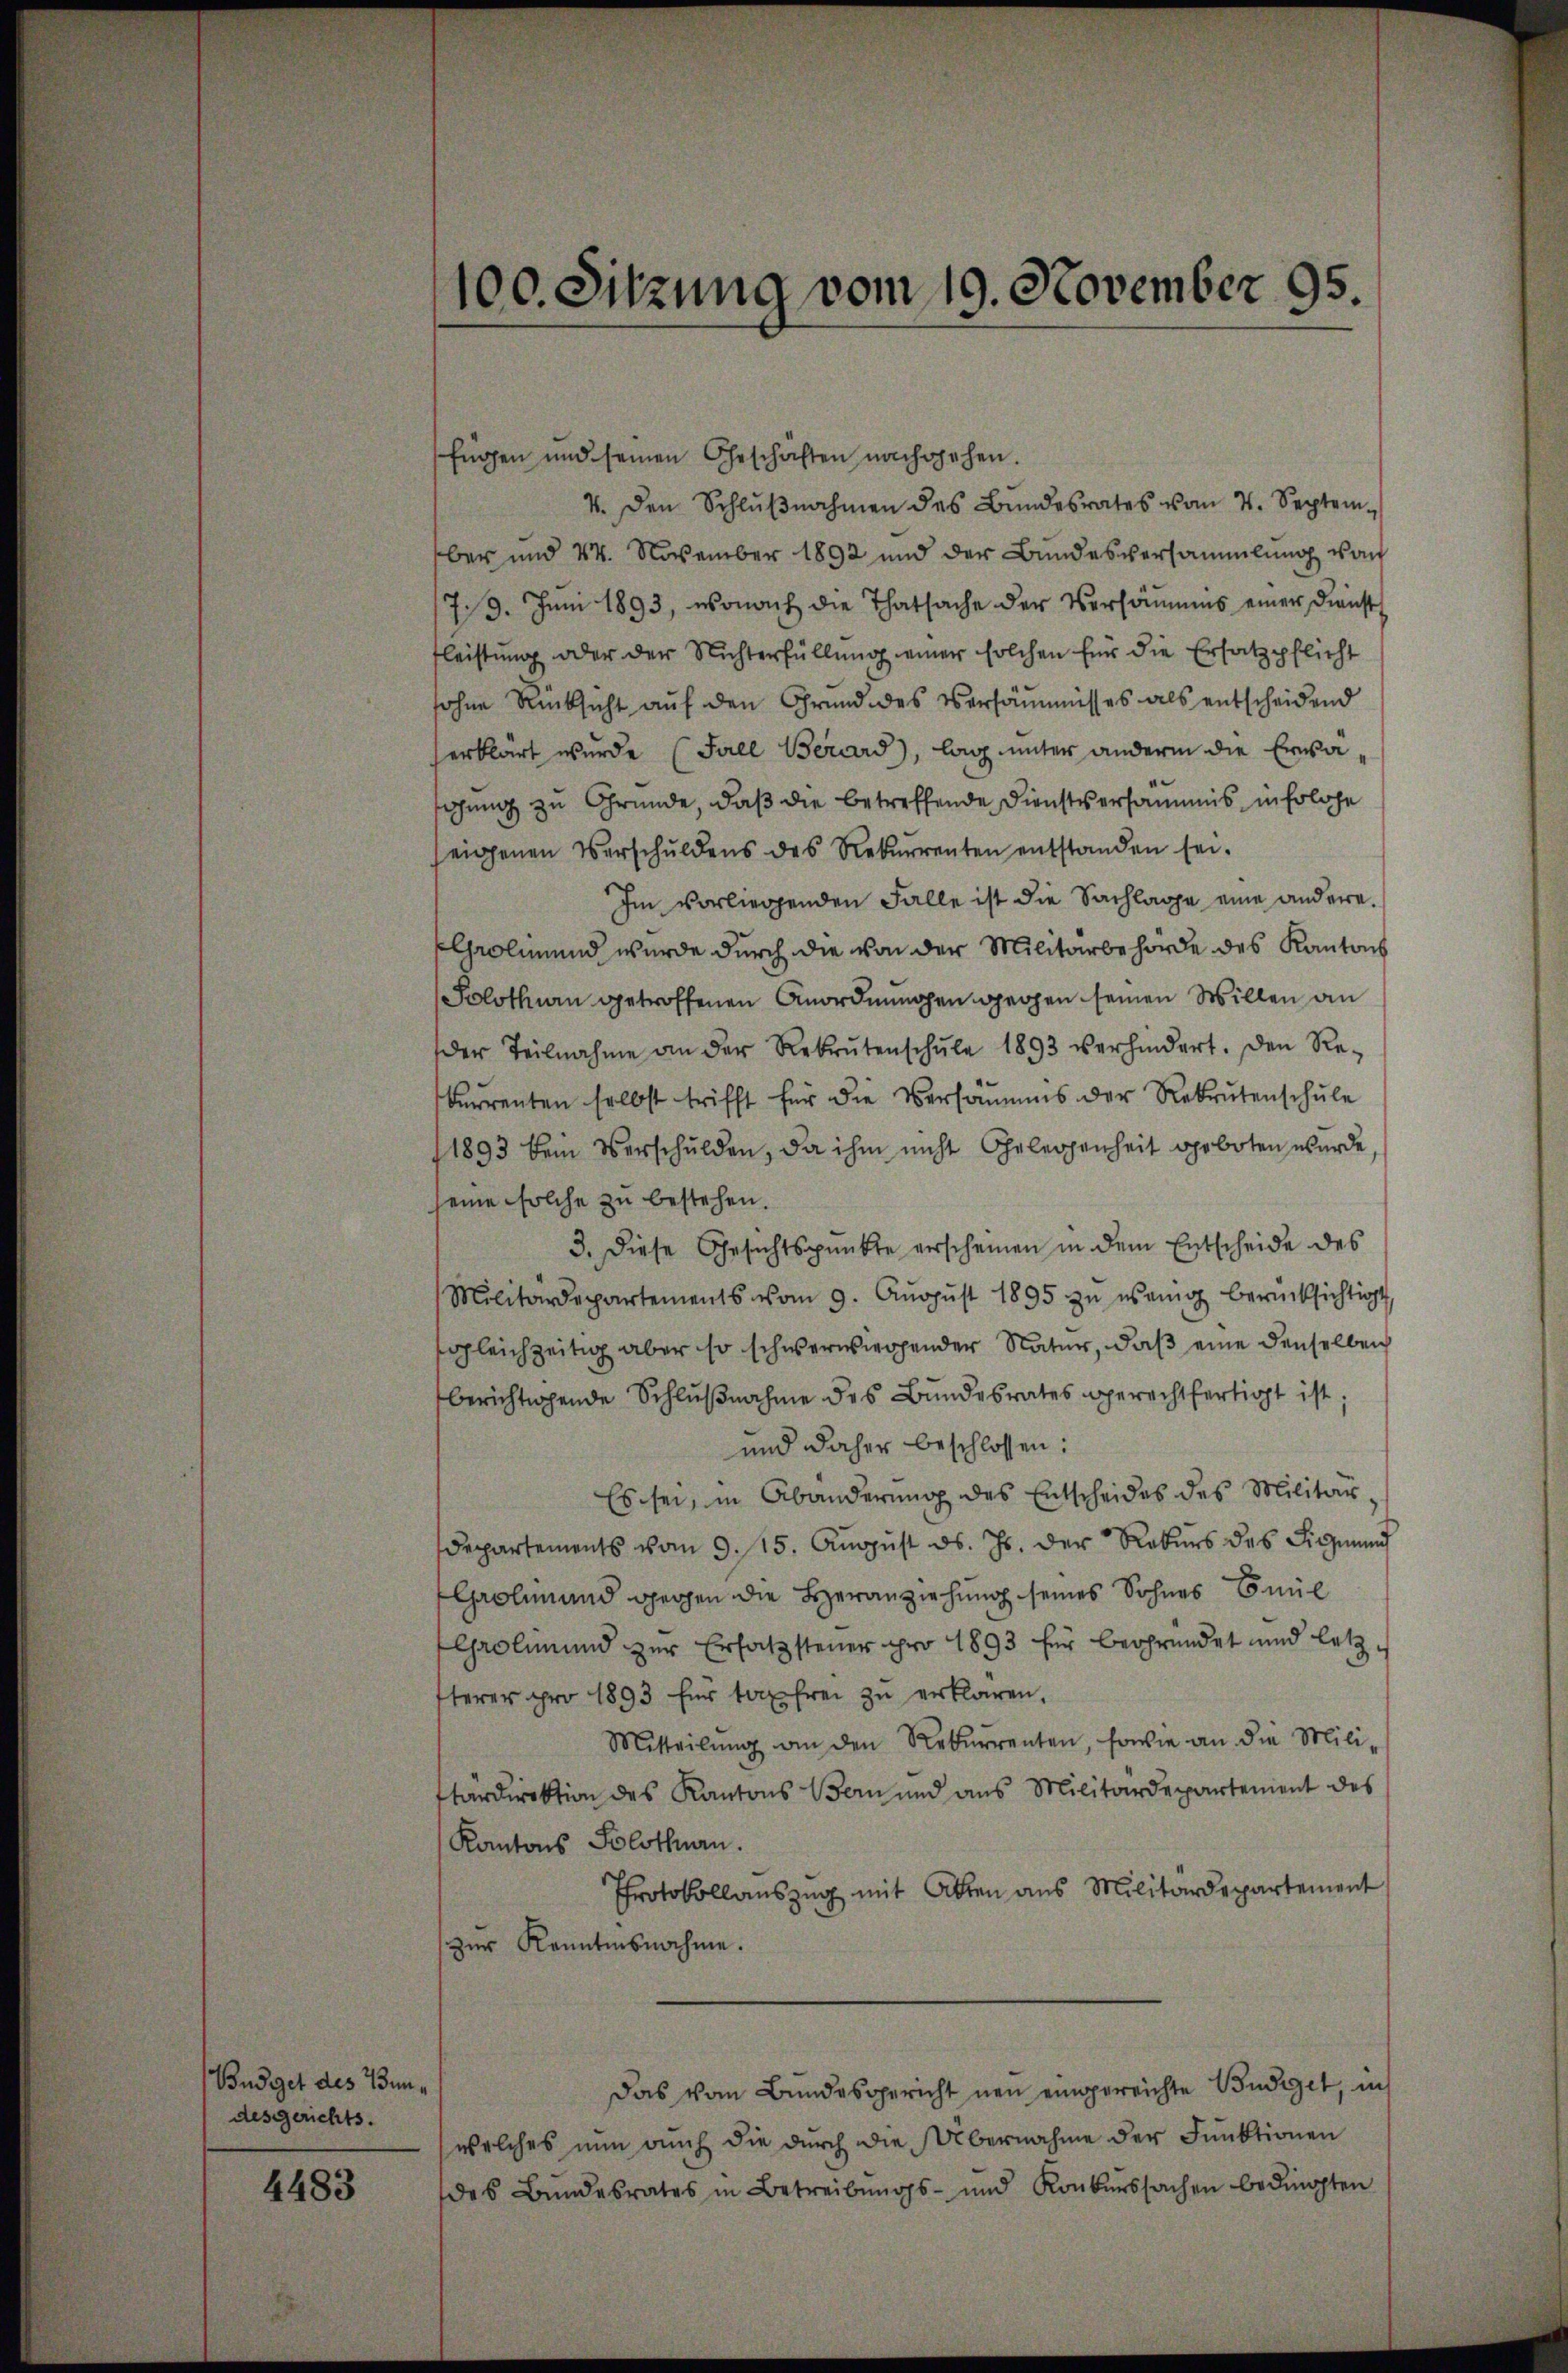
Budget des Bundesgerichts.

4483

100. Sitzung vom 19. November 95

fügen und seinen Geschäften nachgehen.
4. den Schlŭβnahmen des Bŭndesrates vom 4. Septem
ber und 44. November 1892 und der Bundesversammlung von
719. Juni 1893, wonach die Thatsache der Versäumes einer Dienst
fleistung oder der Richterfüllung einer solchen für die Ersatzpflicht
sohne Rücksicht auf den Grund des Versäumnisses als entscheidend
erklärt wurde (Fall Berard, lag unter andern die Erwäihung zu Gründe, daß die betreffende Dienstsersamms in Erlose
eigenen Verschuldens des Rekurrenten entstanden sei.
Im vorliegenden Falle ist die Sachlage eine andere.
Grolinend wurde durch die von der Militärbehörde des Kantoch
Solothurn getroffenen Anordnungen gegen seinen Willen an
der Teilnahme an der Rekrutenschŭle 1893 verhindert. Den Re-
kurrenten selbst trifft für die Versammes der Rekrutenschule
1893 kein Verschulden, da ihm nicht Geleigenheit oprboten wurde
seine solche zu bestehen.
3. Diese Gesichtspunkte erscheinen in dem Entscheide des
Militärdepartements vom 9. Aŭgŭst 1895 zŭ wenig berücksichtigt,
sgleichzeitig aber so schwerwiegender Natur, daß eine denselben
berichtigende Schlŭβnahme des Bundesrates gerechtfertigt ist;
und daher beschlossen:
Es sei, in Abänderung des Entscheides des Militärdepartements vom 9. 115. Aŭgŭst ds. Js. der Rekurs des Siegmund
Gaolinand gegen die Heranziehung seines Sohnes Emil
Grolin und zur Ersatzsteuer pro 1893 für begründet und letz
sterer pro 1893 für tax frei zu erklären.
Mitteilŭng an den Rekurrenten, sowie an die Mili-
tärdirektion des Kantons Bern und aus Militärdepartement des
Kantons Solothurn.
Protokollauszug mit Akten aus Militärdepartement
zŭr Kenntnisnahme.
Das vom Bundesgericht neu eingereichte Budiget, in
welches nun auch die durch die Übernahme der Funktionen
des Bundesrates in Betreibungs- und Konkurssachen bedingten